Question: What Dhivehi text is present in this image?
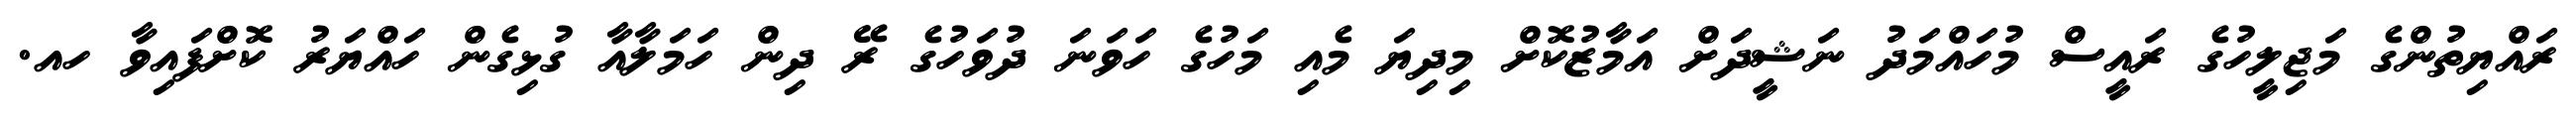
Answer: ރައްޔިތުންގެ މަޖިލީހުގެ ރައީސް މުހައްމަދު ނަޝީދަށް އަމާޒުކޮށް މިދިޔަ މެއި މަހުގެ ހަވަނަ ދުވަހުގެ ރޭ ދިން ހަމަލާއާ ގުޅިގެން ހައްޔަރު ކޮށްފައިވާ ހއ.